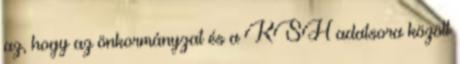
az, hogy az önkormányzat és a KSH adatsora között